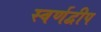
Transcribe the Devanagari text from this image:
स्वर्णद्वीप